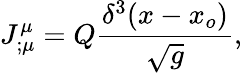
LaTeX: J_{;\mu}^{\mu}=Q{\frac{\delta^{3}(x-x_{o})}{\sqrt g}},